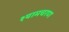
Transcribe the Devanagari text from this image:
श्यामचरण